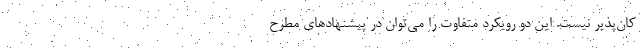
کان‌پذیر نیست. این دو رویکرد متفاوت را می‌توان در پیشنهادهای مطرح